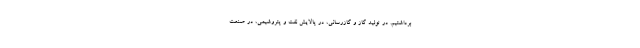
برداشتیم. در تولید گاز و گازرسانی، در پالایش نفت و پتروشیمی، در صنعت